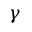
\gamma